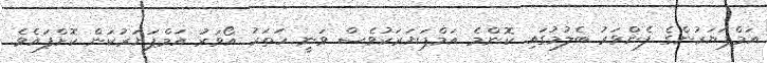
އަމްޕަޔަރުންގެ ފެންވަރު ބެލުމުގައި ކޮންމެ އަމްޕަޔަރަކުވެސް ވަނީ ހަތަރު އޯވަރު އަމްޕަޔަރުކަން ކޮށްފައެވެ.